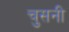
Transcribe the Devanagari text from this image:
चुसनी